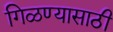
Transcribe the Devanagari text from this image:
गिळण्यासाठी